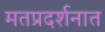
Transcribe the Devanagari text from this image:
मतप्रदर्शनात